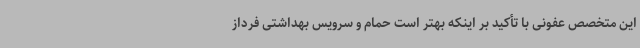
این متخصص عفونی با تأکید بر اینکه بهتر است حمام و سرویس بهداشتی فرداز